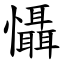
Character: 懾